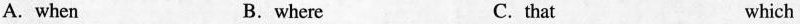
A. when B.where C. that which